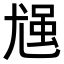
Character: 𪨈